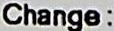
CHANGE: